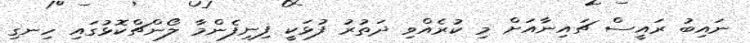
ނައިބު ރައީސް ޗައިނާއަށް މި ކުރެއްވި ދަތުރު ފުޅަކީ ފިނިފެންމާ ލޯންޗްކޮޅުގައި ހިނގި